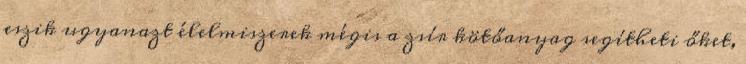
eszik ugyanazt élelmiszerek mégis a zsír kötőanyag segítheti őket,